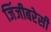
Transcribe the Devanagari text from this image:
जिंजीबरेसी